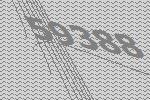
59388